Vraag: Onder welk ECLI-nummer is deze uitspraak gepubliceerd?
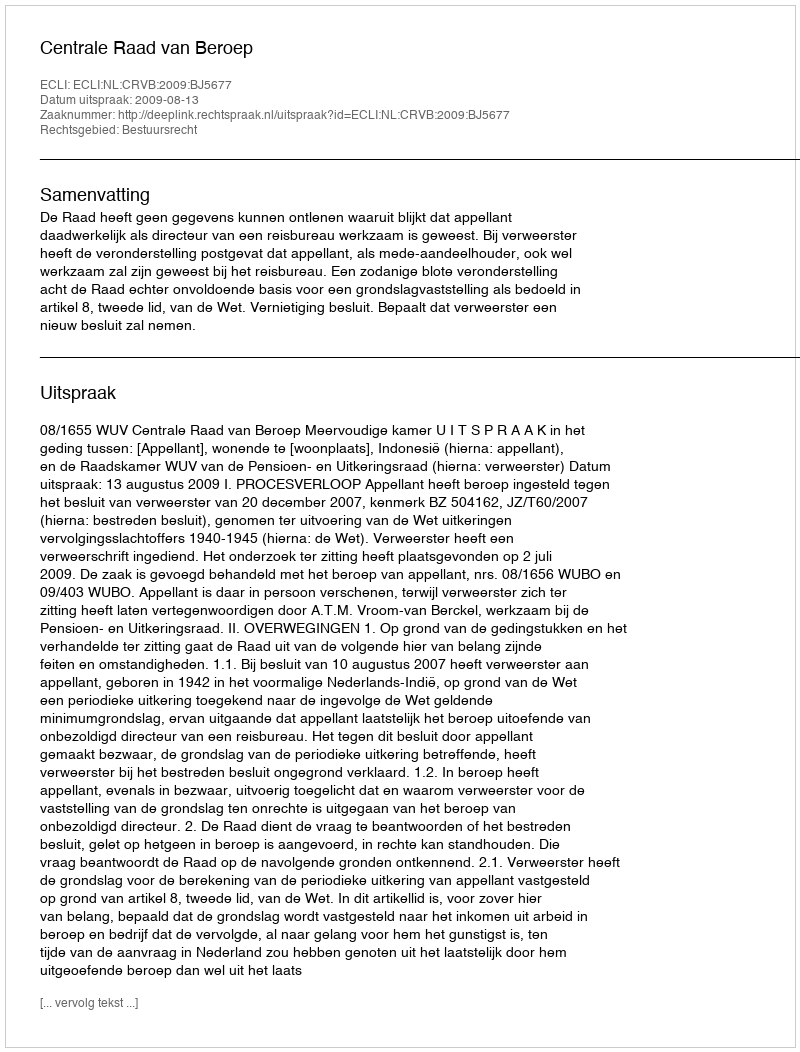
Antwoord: ECLI:NL:CRVB:2009:BJ5677